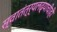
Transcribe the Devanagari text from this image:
स्वातंत्र्यलढ्याचीही